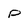
Character: P